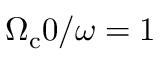
\Omega _ { \mathrm { c } } 0 / \omega = 1